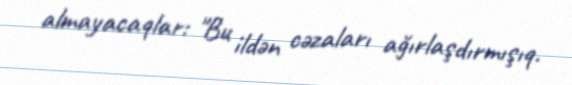
almayacaqlar: "Bu ildən cəzaları ağırlaşdırmışıq.